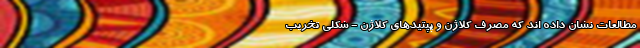
مطالعات نشان داده اند که مصرف کلاژن و پپتیدهای کلاژن - شکلی تخریب